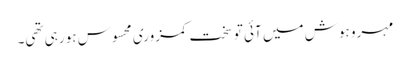
مہرو ہوش میں آئی تو سخت کمزوری محسوس ہو رہی تھی۔